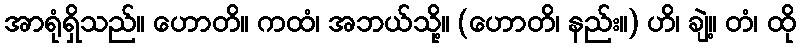
အာရုံရှိသည်။ ဟောတိ။ ကထံ၊ အဘယ်သို့။ (ဟောတိ၊ နည်း။) ဟိ၊ ချဲ့။ တံ၊ ထို